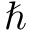
\hbar